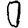
Digit: 0